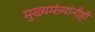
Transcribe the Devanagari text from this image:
मुख्यमंत्र्यांनीही